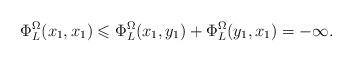
LaTeX: \begin{align*}\Phi^{\Omega}_L(x_1,x_1)\leqslant \Phi^{\Omega}_L(x_1,y_1)+\Phi^{\Omega}_L(y_1,x_1)=-\infty.\end{align*}